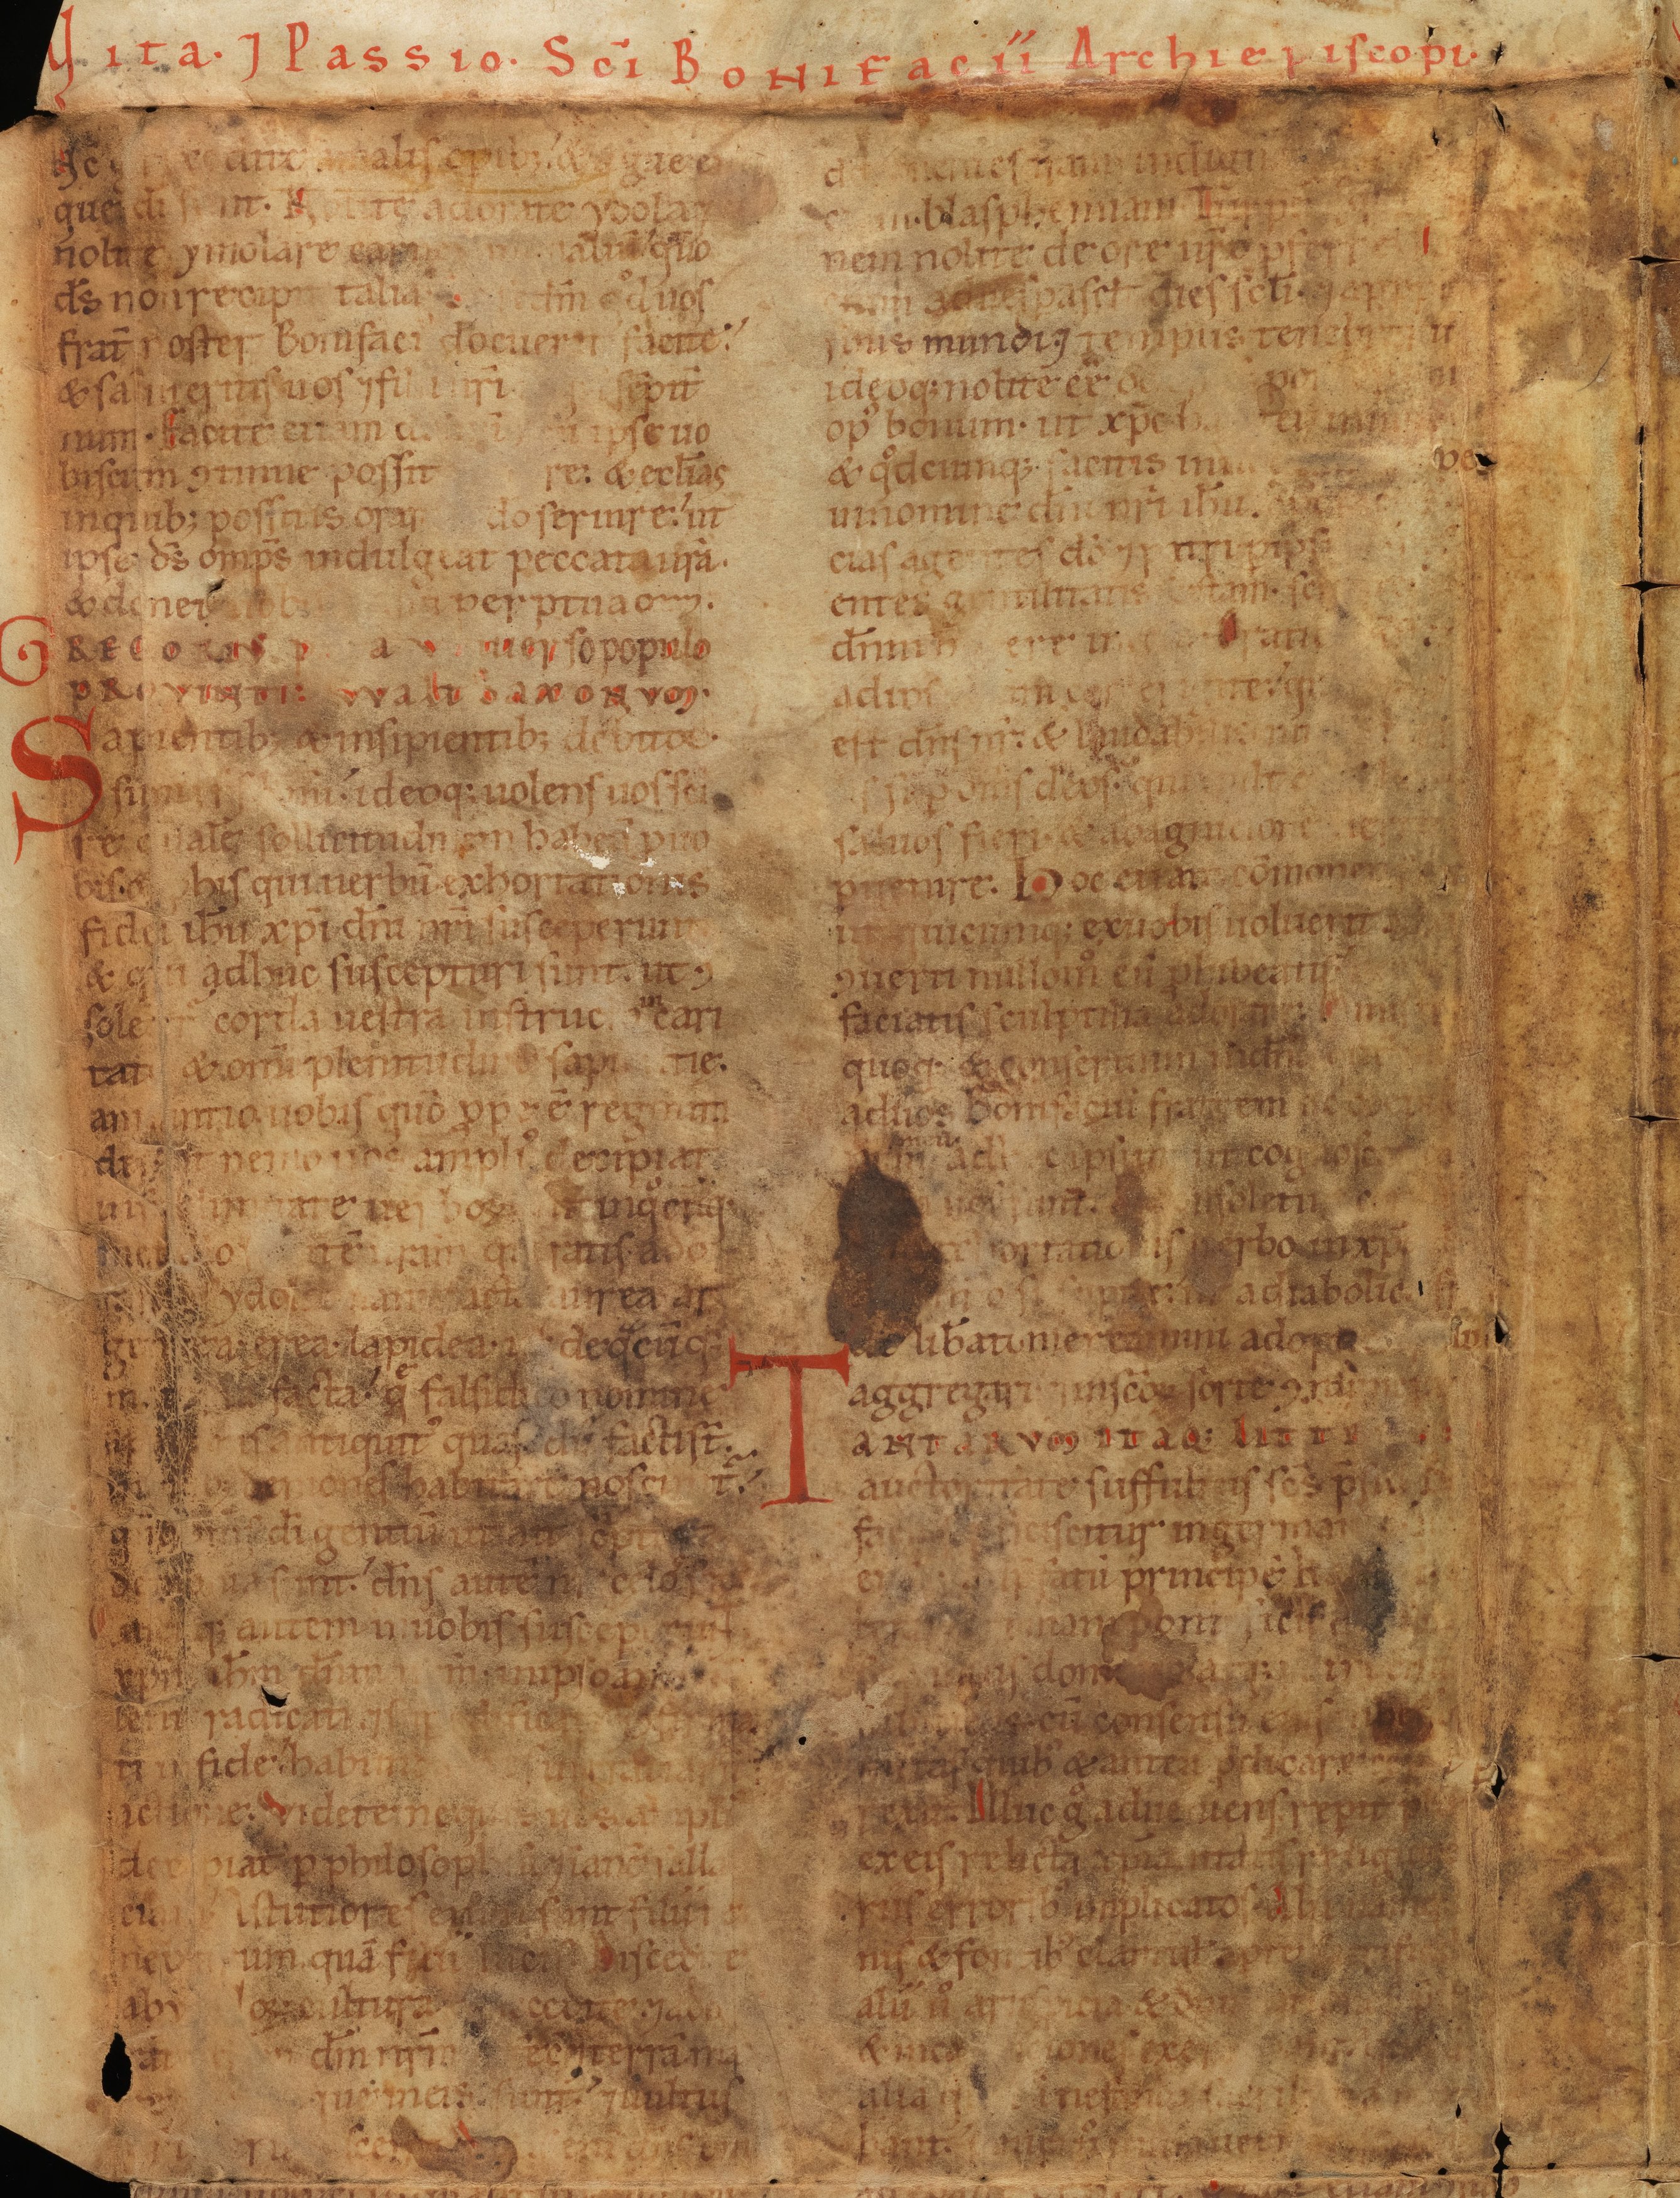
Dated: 1140–1170